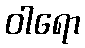
ဝါရော